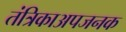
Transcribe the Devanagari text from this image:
तंत्रिकाअपजनक